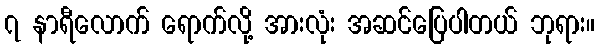
၇ နာရီလောက် ရောက်လို့ အားလုံး အဆင်ပြေပါတယ် ဘုရား။